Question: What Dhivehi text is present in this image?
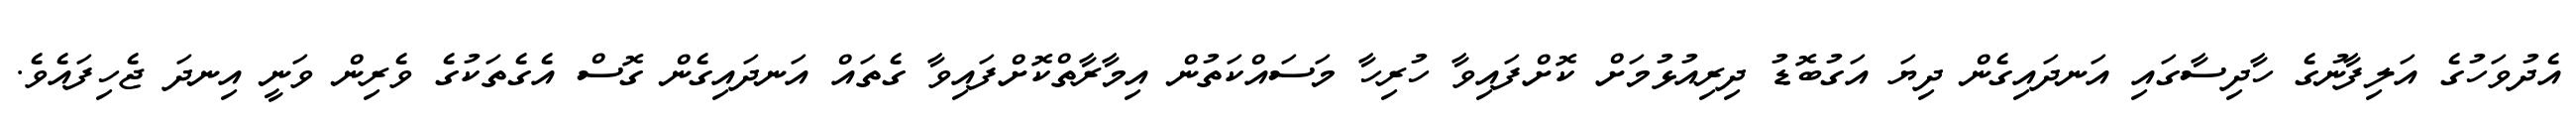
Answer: އެދުވަހުގެ އަލިފާނުގެ ހާދިސާގައި އަނދައިގެން ދިޔަ އަގުބޮޑު ދިރިއުޅުމަށް ކޮށްފައިވާ ހުރިހާ މަސައްކަތުން އިމާރާތްކޮށްފައިވާ ގެތައް އަނދައިގެން ގޮސް އެގެތަކުގެ ވެރިން ވަނީ އިނދަ ޖެހިފައެވެ.